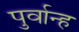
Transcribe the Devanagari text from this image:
पुर्वान्ह